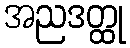
အညဒတ္ထု